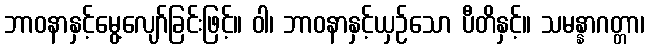
ဘာဝနာနှင့်မွေ့လျော်ခြင်းဖြင့်။ ဝါ၊ ဘာဝနာနှင့်ယှဉ်သော ပီတိနှင့်။ သမန္နာဂတ္တာ၊